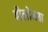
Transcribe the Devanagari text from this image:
बौलोमचा